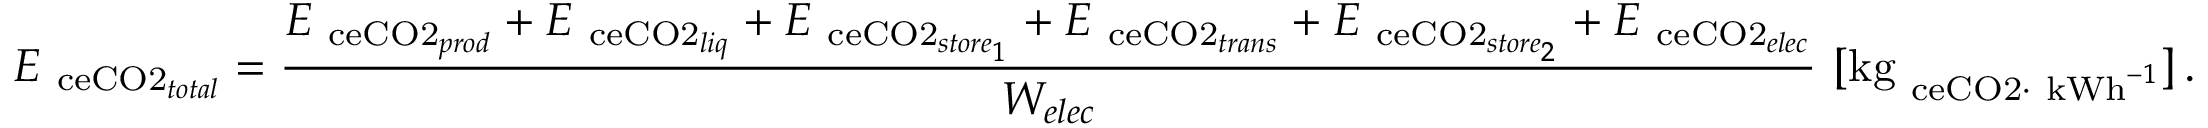
E _ { \mathrm { \ c e { C O 2 } } _ { t o t a l } } = \frac { E _ { \mathrm { \ c e { C O 2 } } _ { p r o d } } + E _ { \mathrm { \ c e { C O 2 } } _ { l i q } } + E _ { \mathrm { \ c e { C O 2 } } _ { s t o r e _ { 1 } } } + E _ { \mathrm { \ c e { C O 2 } } _ { t r a n s } } + E _ { \mathrm { \ c e { C O 2 } } _ { s t o r e _ { 2 } } } + E _ { \mathrm { \ c e { C O 2 } } _ { e l e c } } } { W _ { e l e c } } \ [ \mathrm { k g } _ { \mathrm { \ c e { C O 2 } } \cdot \ \mathrm { k W h } ^ { - 1 } } ] \, .